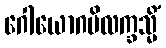
ဂေါယောဂပိလက္ခသ္မိံ